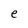
Character: e